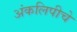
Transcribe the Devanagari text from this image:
अंकलिपीचे